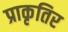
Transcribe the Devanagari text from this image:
प्राकृतिर